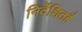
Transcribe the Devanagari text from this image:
निर्देशितहै